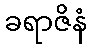
ခရာဇိနံ